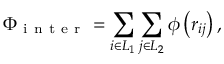
\Phi _ { \mathrm { ~ i ~ n ~ t ~ e ~ r ~ } } = \sum _ { i \in L _ { 1 } } \sum _ { j \in L _ { 2 } } \phi \left( r _ { i j } \right) ,